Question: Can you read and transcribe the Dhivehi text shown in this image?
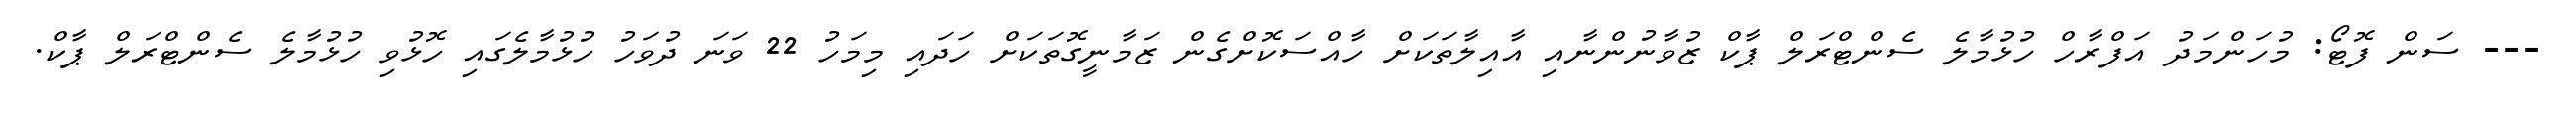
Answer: --- ސަން ފޮޓޯ: މުހަންމަދު އަފްރާހް ހުޅުމާލެ ސެންޓްރަލް ޕާކް ޒުވާނުންނާއި އާއިލާތަކަށް ހާއްސަކޮށްގެން ޒަމާނީގޮތަކަށް ހަދައި މިމަހު 22 ވަނަ ދުވަހު ހުޅުމާލެގައި ހޮޅުވި ހުޅުމާލެ ސެންޓްރަލް ޕާކް.